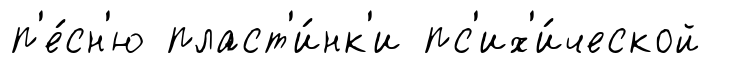
п'е́сн'ю пласт'и́нк'и пс'их'и́ческой